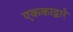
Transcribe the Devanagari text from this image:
एककाद्वारे